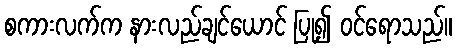
စကားလက်က နားလည်ချင်ယောင် ပြု၍ ဝင်ရောသည်။